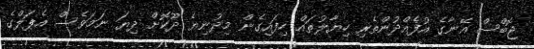
ޖޮބްސް އޭނާގެ އުފެއްދުންތެރި ހިޔާލުތައް ހިފައިގެން މިދުނިޔެ ދޫކޮށް ދިޔަ ނަމަވެސް އެޕަލްގެ